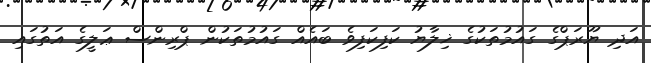
އަދި ޔޫރަޕްގެ ގައުމުތަކުގެ ޚިލާޔު ކަފިކަފިވެ ބައެއް ގައުމުތަކުން ޕްރިންސް ޢަލީގެ އަތުގައި